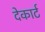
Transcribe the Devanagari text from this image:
देकार्ट